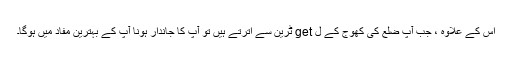
اس کے علاوہ ، جب آپ ضلع کی کھوج کے ل get ٹرین سے اترتے ہیں تو آپ کا جاندار ہونا آپ کے بہترین مفاد میں ہوگا۔